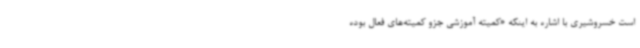
است خسروشیری با اشاره به اینکه «کمیته آموزشی جزو کمیته‌های فعال بوده